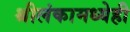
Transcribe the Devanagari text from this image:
श्रीलंकामध्येही